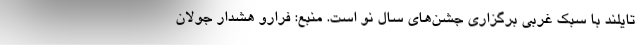
تایلند با سبک غربی برگزاری جشن‌های سال نو است. منبع: فرارو هشدار جولان